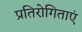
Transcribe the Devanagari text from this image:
प्रतिरोगिताएं